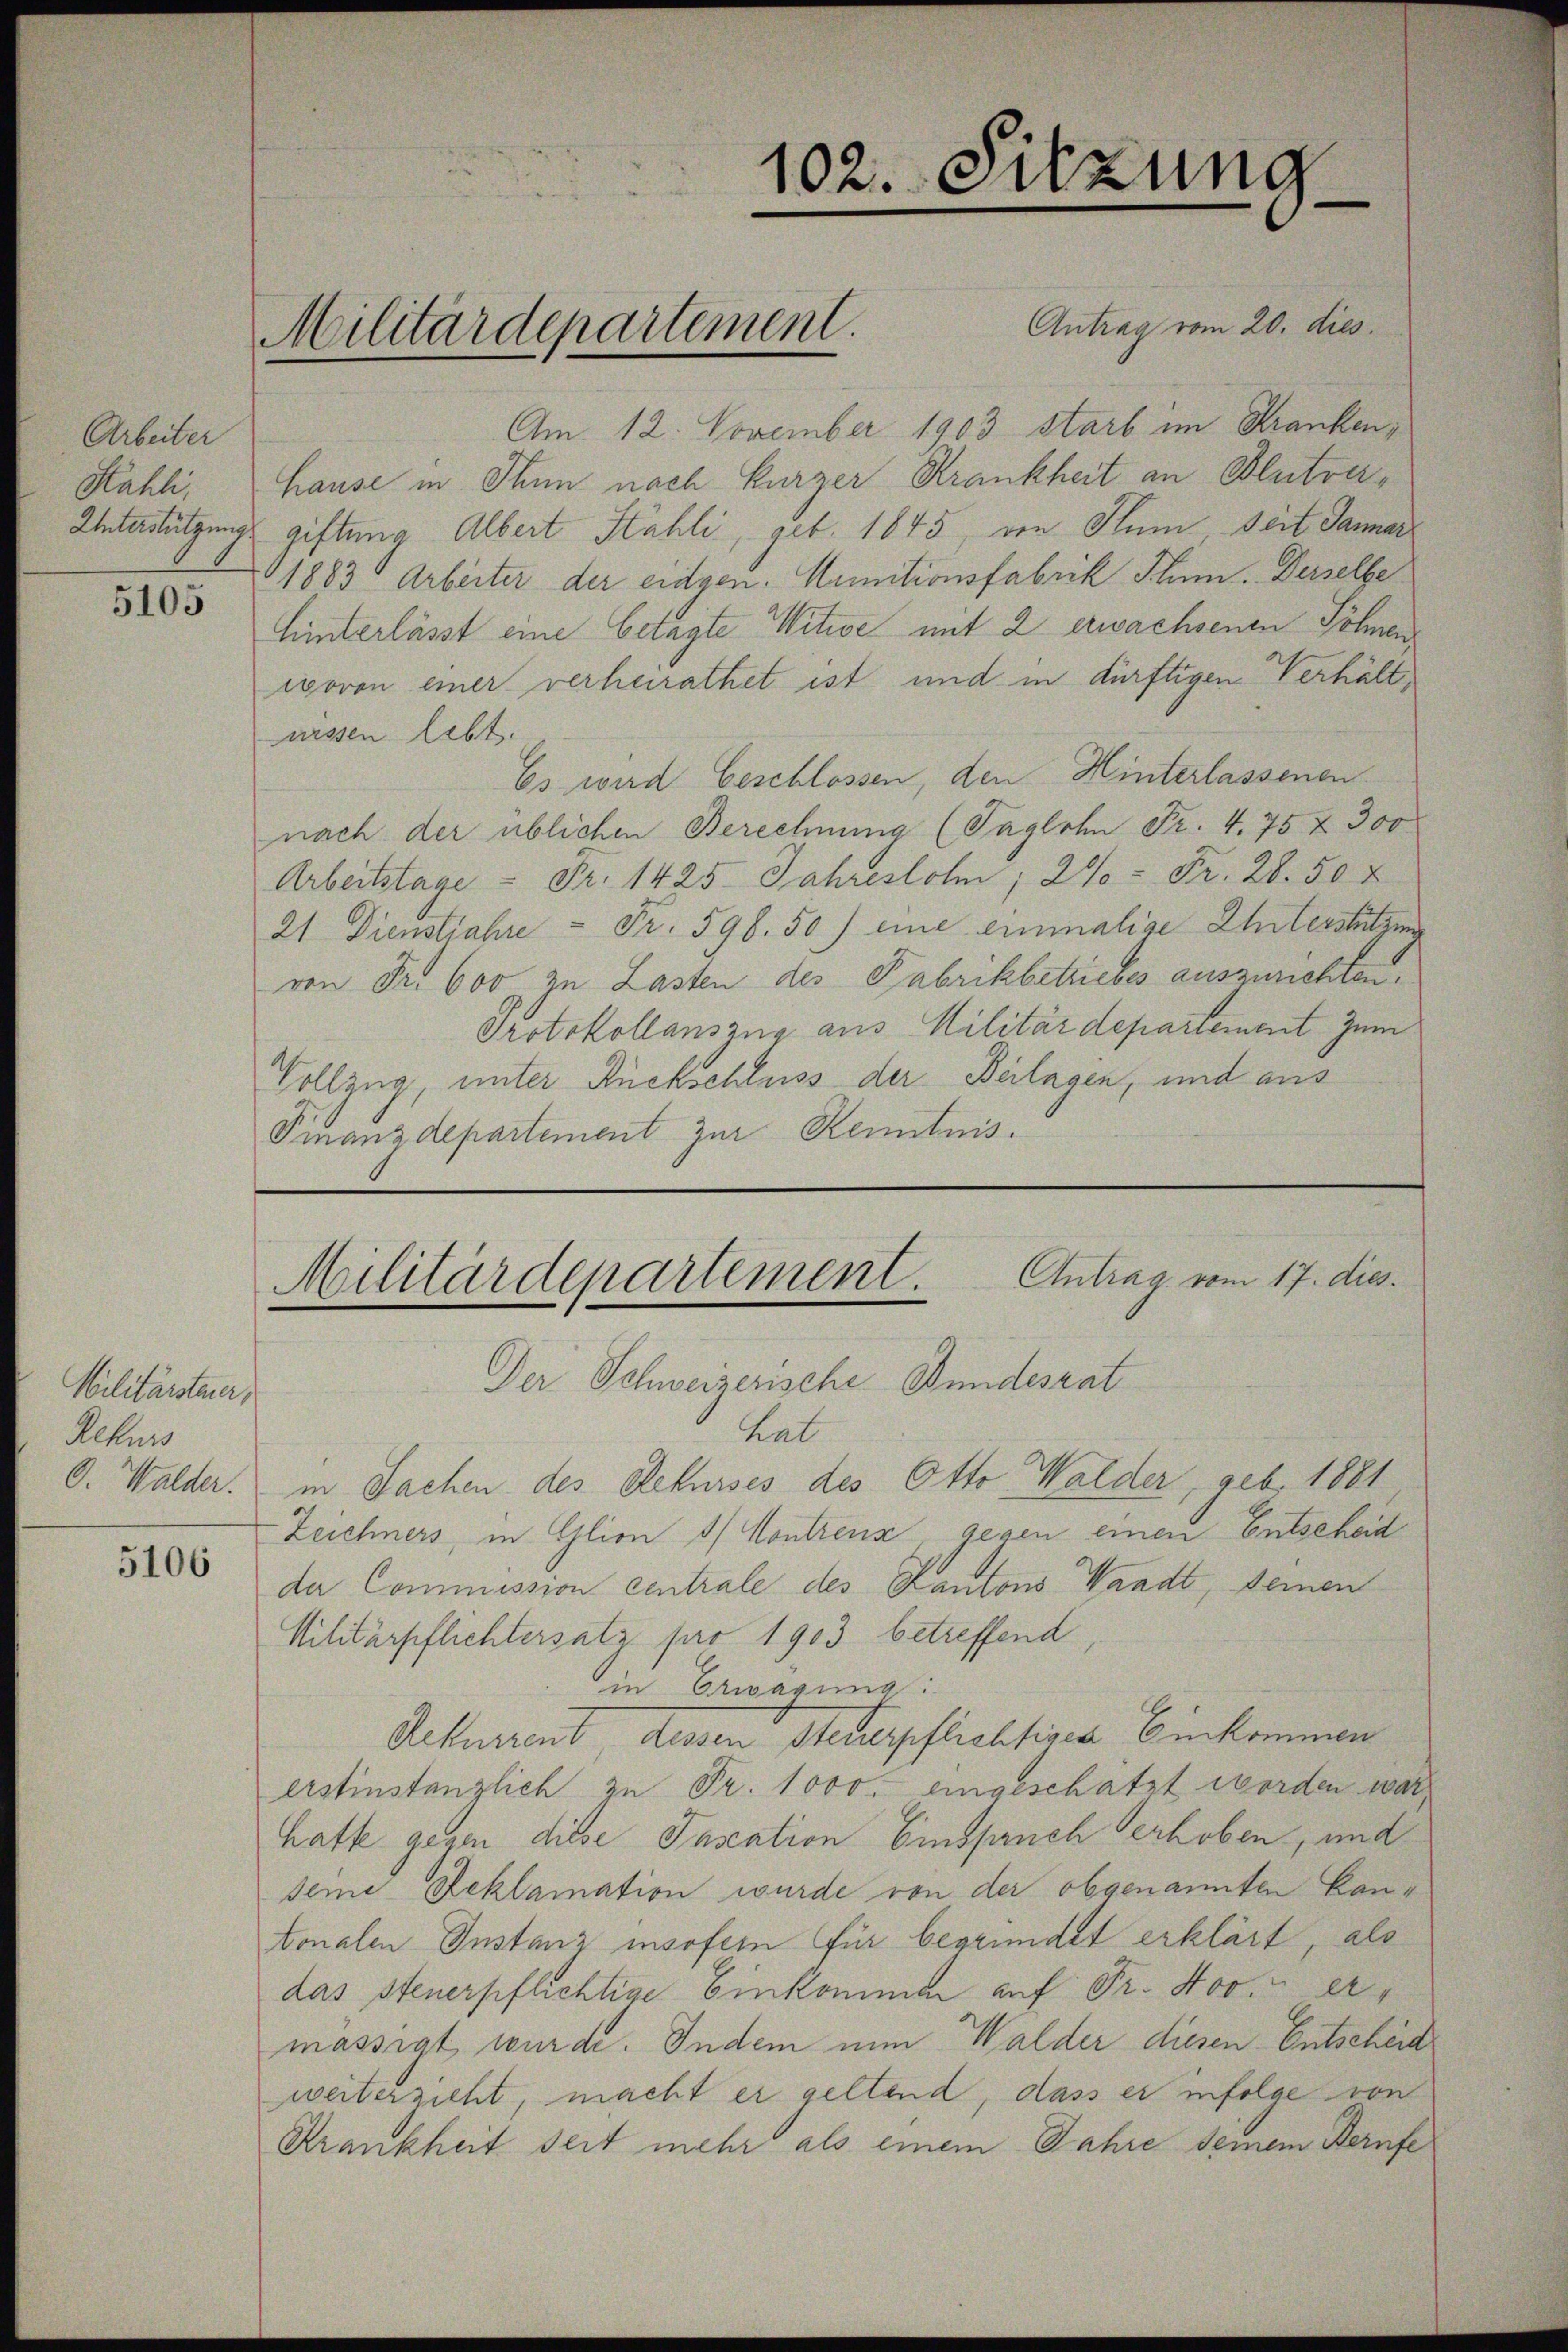
Arbeiter
Kahli
5105

Militärsteuer,
Rekurs
O. Walder.
5106

Militärdepartement.

102. Sitzung

Antrag vom 17. dies.
Militärdepartement.
Der Schweizerische Bundesrat

Antrag vom 20. dies
Am 12. November 1903 starb im Kranken¬
Hause in Thun nach kurzer Krankheit an Blutver¬
Unterstützung giftung Albert Sahli, geb. 1845, von Flum seit Jänner
1883 Arbeiter der eidgen. Munitionsfabrik Thun. Derselbe
Hinterlässt eine betagte Witwe mit 2 erwachsenen Söhnen
wovon einer verheirathet ist und in dürftigen Verhältaüssen lebt.
Es wird beschlossen, den Hinterlassenen
nach der üblichen Berechnung (Taglohn Fr. 4. 75 & 300
Arbeitstage - Fr. 1425. Jahreslohn; 2% = Fr. 28. 50 x
21 Dienstjahre - Fr. 598. 50) eine einmalige Unterstützung
von Fr. 600 zu Lasten des Fabrikbetriebes auszurichten.
Protokollanszug aus Militärdepartement zum
Vollzug, unter Rückschluss der Beilagen, und aus
Finanzdepartement zur Kenntnis.

hal
in Sachen des Rekurses des Otto Walder, geb. 1881
-Zeichners, in Glion dh Contienz gegen einen Entscheid
der Commission centrale des Kantons Waadt, seinen
Militärpflichtersatz pro 1903 betreffend,
in Erwägung:
Rekurrent, dessen Steuerpflichtigen Einkommen
erstinstanzlich zu Fr. 1000 eingeschätzt worden war,
hatte gegen diese Inscation Einspruch erhoben, und
seine Reklamation wurde von der obgenannten Kanonalen Instanz insofern für begründet erklärt, als
das steuerpflichtige Einkommen auf Fr. Nov. er
mässigt wurde. Indem nun Walder diesen Entscheid
weiterzieht, macht er geltend, dass er infolge von
Krankheit seit mehr als einem Jahre seinem Berufe